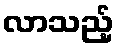
လာသည့်